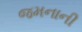
જમનાની